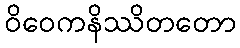
ဝိဝေကနိဿိတတော